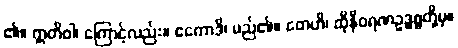
၏။ ဣတိဝါ၊ ကြောင့်လည်း။ ဧကောဒိ၊ မည်၏။ တေဟိ၊ ထိုနီဝရဏဥဒ္ဓစ္စတို့မှ။